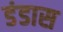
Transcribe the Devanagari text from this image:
डंडास